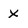
Character: x